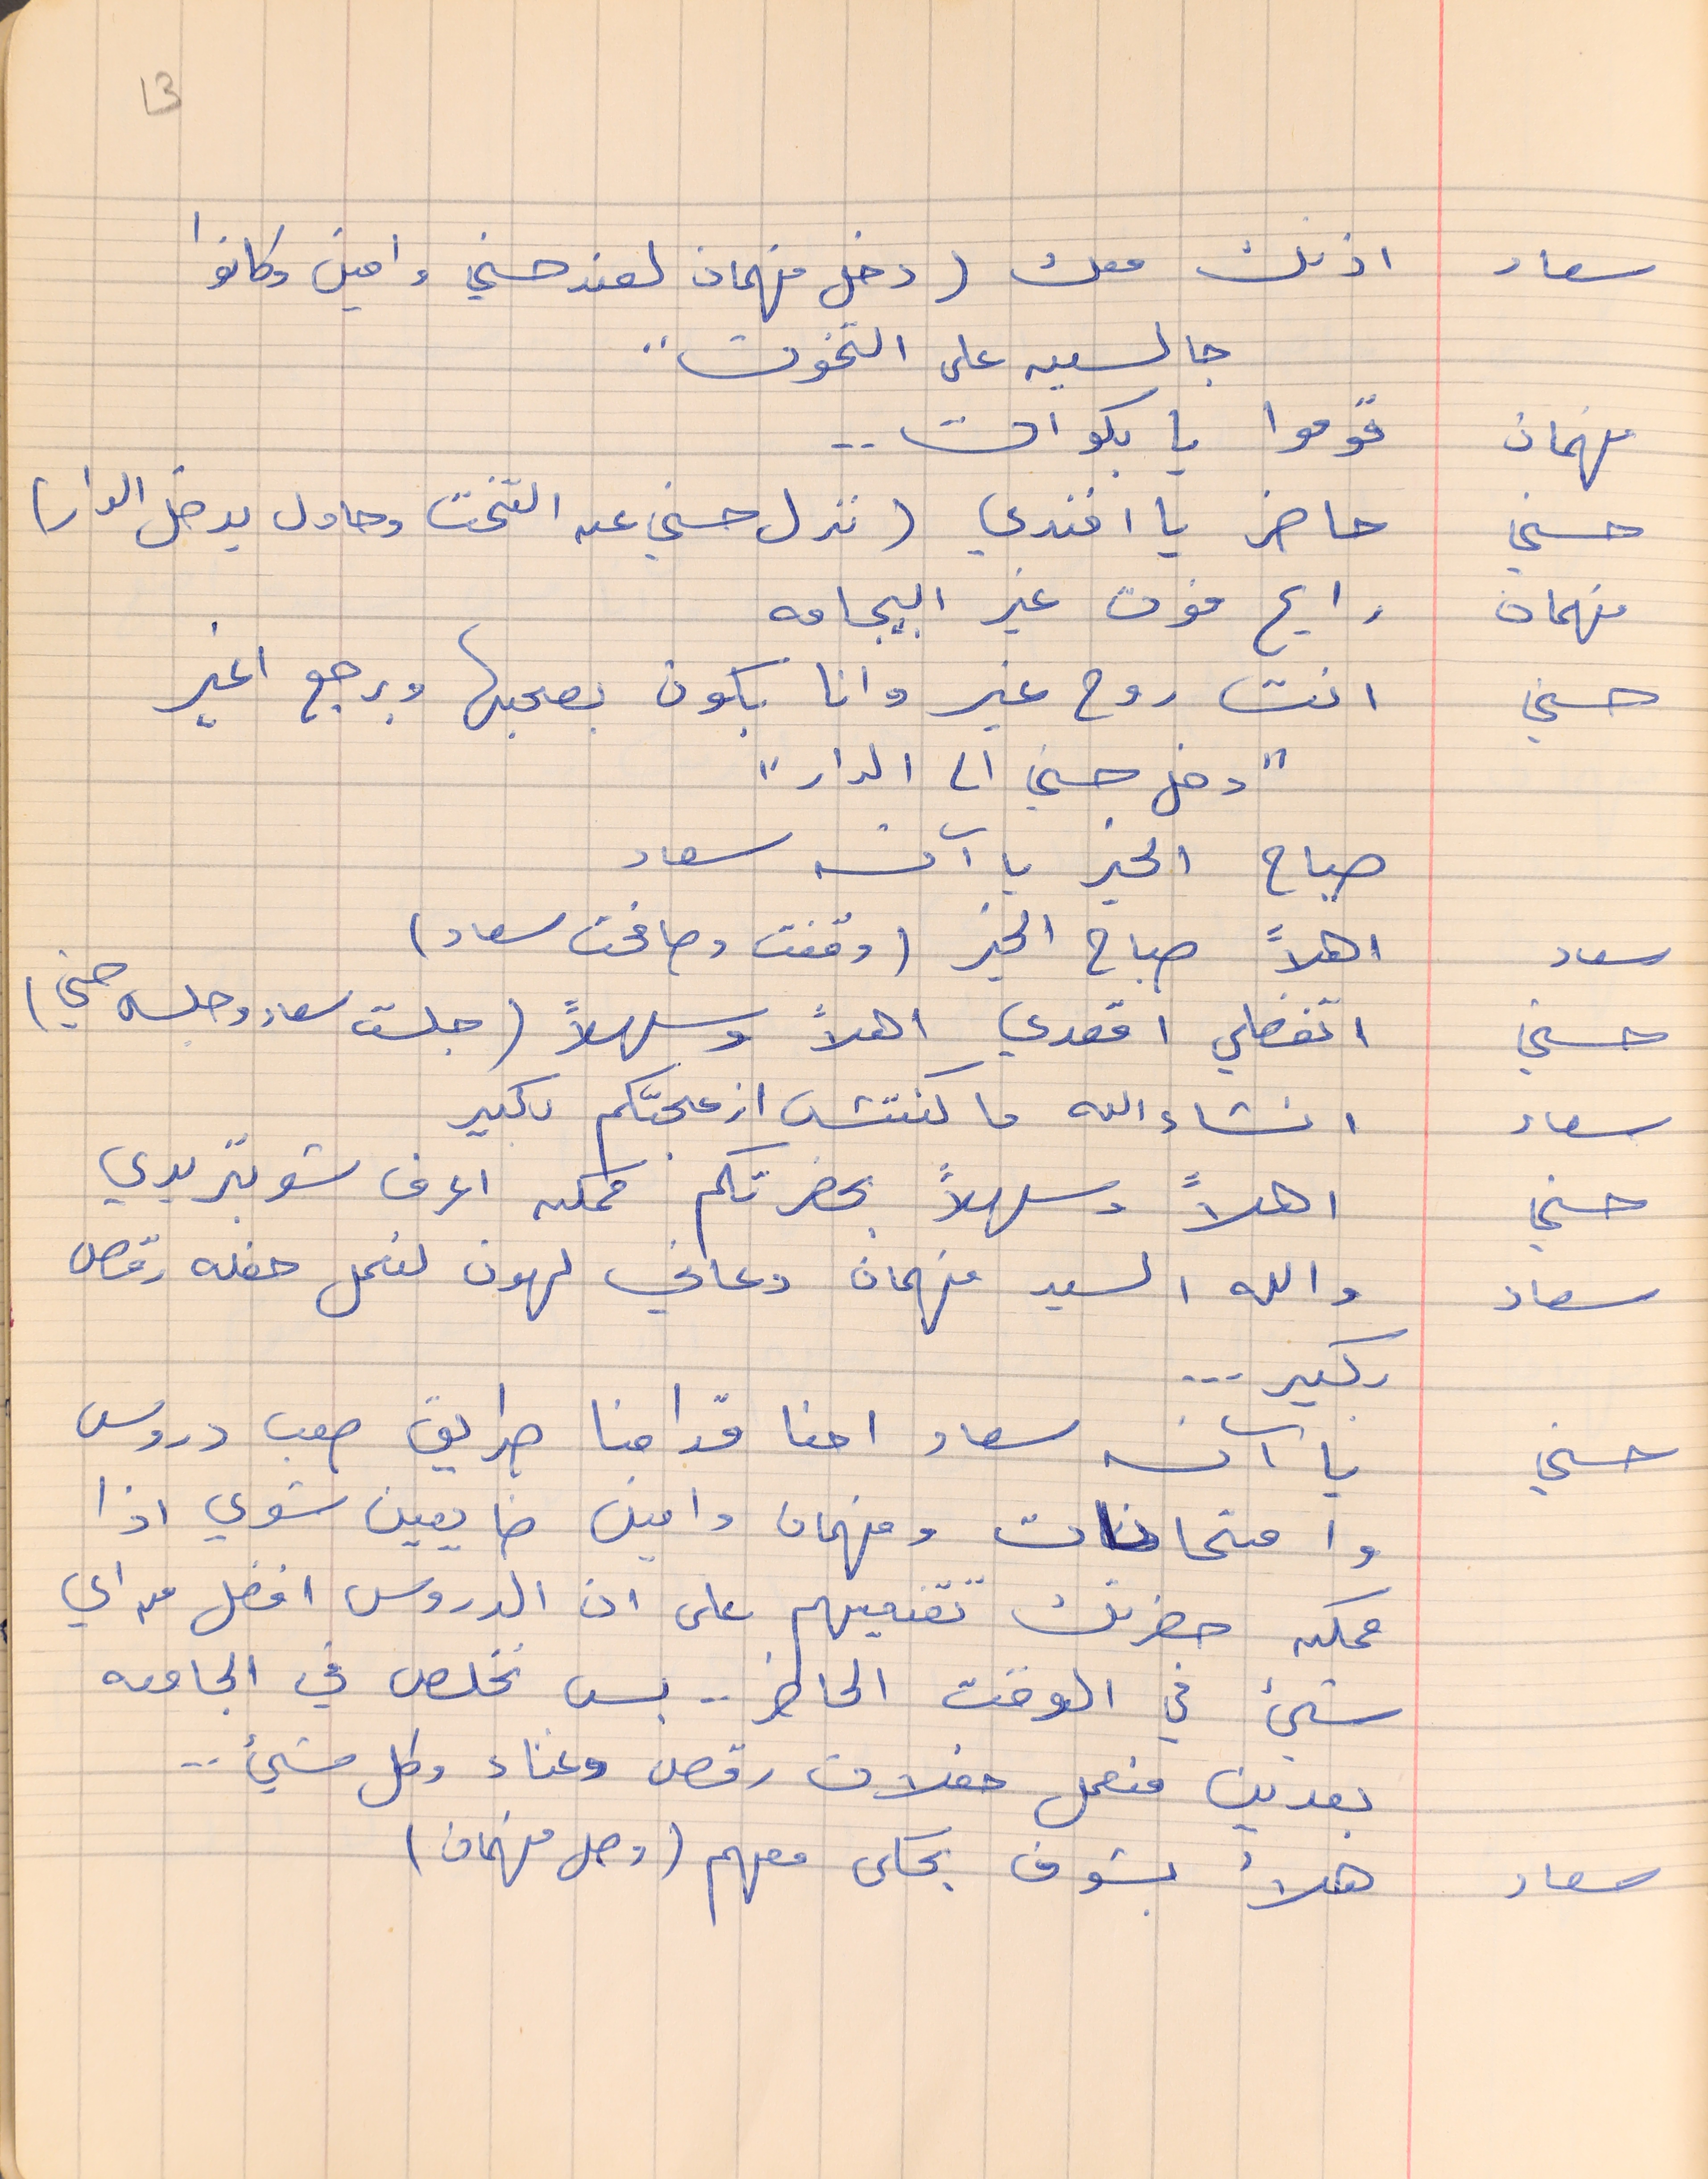
سعاد    اذنك معك (دخل فهمان لعند حسني وامين وكانوا
جالسين على التخوت"
فهمان    قوموا يا بكوات . .
حسني    حاضر يا افندي (نزل حسنى عن التخت وحاول يدخل الدار)
فهمان    رايح فوت غير البيجامه
حسني    انت روح غير وانا بكون بصحبها ويرجع اغير
"دخل حسني الى الدار"
صباح الخير يا آنسه سعاد
سعاد    اهلاً صباح الخير (وقفت وصافحت سعاد)
حسني      اتفضلي اقعدي اهلاً وسهلاً (جلست سعاد وجلس حسني)
سعاد      انشاء الله ما كنتش ازعجتكم بكير
حسني    اهلاً وسهلاً بحضرتكم ممكن اعرف شو بتريدي
سعاد     والله السيد فهمان دعاني لهون لنعمل حفله رقص
بكير  ...
حسني      يا آنسه سعاد احنا قدامنا طريق صعب دروس
وامتحانات وفهمان وامين ضايعين شوي اذا
ممكن حضرتك تقنعيهم على ان الدروس افضل من أي
شيء في الوقت الحاضر ..  بس نخلص في الجامعه
بعدين منعمل حفلات رقص وغناء وكل شيء ...
سعاد     هلأ بشوف بحكى معهم (وصل فهمان)
13